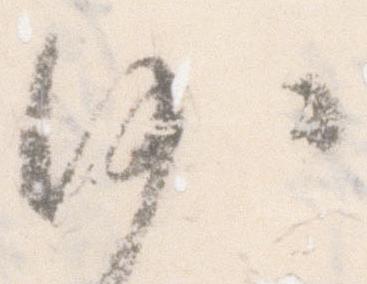
沙